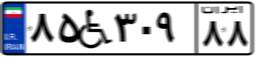
۸۵W۳۰۹۸۸